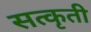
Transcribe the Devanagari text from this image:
सत्कृती